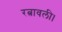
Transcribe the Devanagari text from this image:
रत्नावली।